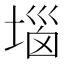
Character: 堖